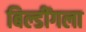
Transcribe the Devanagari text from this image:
बिल्डींगला